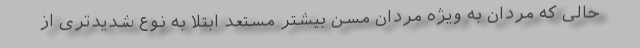
حالی که مردان به ویژه مردان مسن بیشتر مستعد ابتلا به نوع شدیدتری از